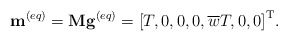
\begin{align*}{{{\bf{ m}}}^{\left( {eq} \right)}} = {\bf{M}}{{\bf{g}}^{\left( {eq} \right)}} = {\left[ {T,0,0,0,\overline w T,0,0} \right]^{\rm T}}. \end{align*}